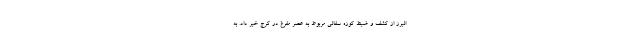
البرز از کشف و ضبط کوزه سفالی مربوط به عصر مفرغ در کرج خبر داد. به